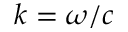
k = \omega / c